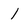
Character: 1